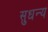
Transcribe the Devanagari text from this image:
सुधन्य